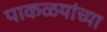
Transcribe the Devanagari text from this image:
पाकळयांच्या